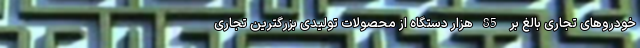
خودروهای تجاری بالغ بر 85هزار دستگاه از محصولات تولیدی بزرگترین تجاری